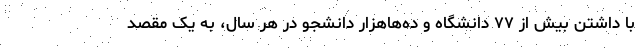
با داشتن بیش از ۷۷ دانشگاه و ده‌هاهزار دانشجو در هر سال، به یک مقصد